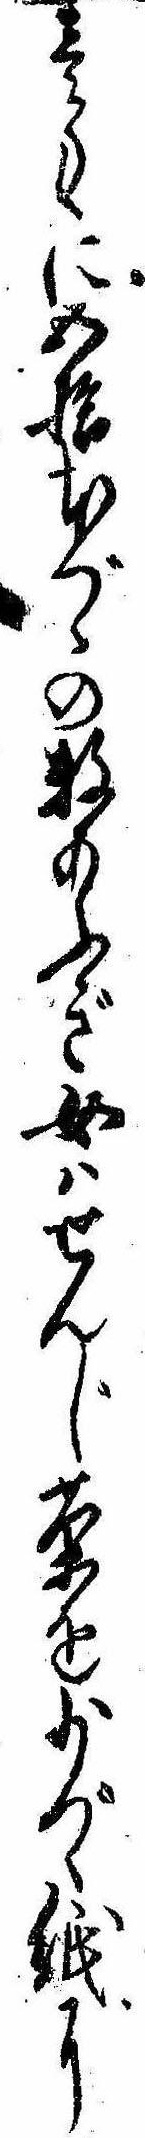
壱匁に五拾本づゝの数あふぎ女はせんじ茶を少づゝ紙に